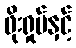
ဖိုးရှုပ်နှင့်